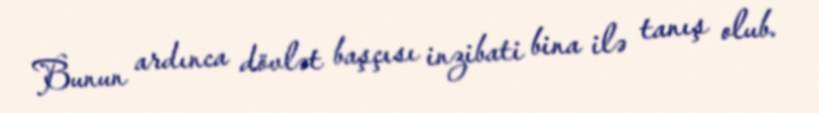
Bunun ardınca dövlət başçısı inzibati bina ilə tanış olub.